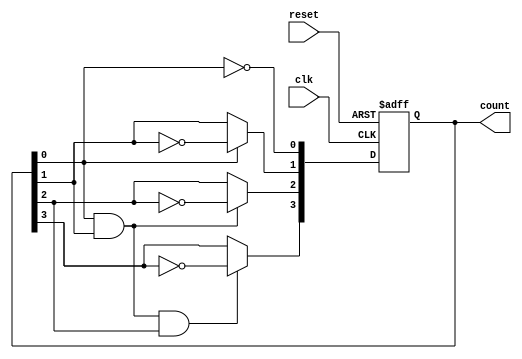
module asynchronous_ripple_counter (
    input wire clk,         // Clock input
    input wire reset,       // Asynchronous reset
    output reg [n-1:0] count // n-bit counter output
);
    parameter n = 4; // Define the number of bits (4 for a 4-bit counter)

    // T Flip-Flops implemented using the always block
    always @(posedge clk or posedge reset) begin
        if (reset) begin
            count <= 0; // Reset the counter to 0
        end else begin
            // T flip-flop behavior: Toggle the flip-flops based on the state of the previous flip-flop
            count[0] <= ~count[0]; // LSB toggles with every clock pulse
            count[1] <= count[0] ? ~count[1] : count[1]; // 2nd bit toggles when LSB goes from 1 to 0
            count[2] <= (count[0] && count[1]) ? ~count[2] : count[2]; // 3rd bit toggles when 0->1 on count[1]
            count[3] <= (count[0] && count[1] && count[2]) ? ~count[3] : count[3]; // 4th bit toggles when 0->1 on count[2]
        end
    end
endmodule